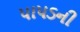
પાપડની